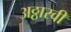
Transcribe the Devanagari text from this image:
अठ्ठारवीं